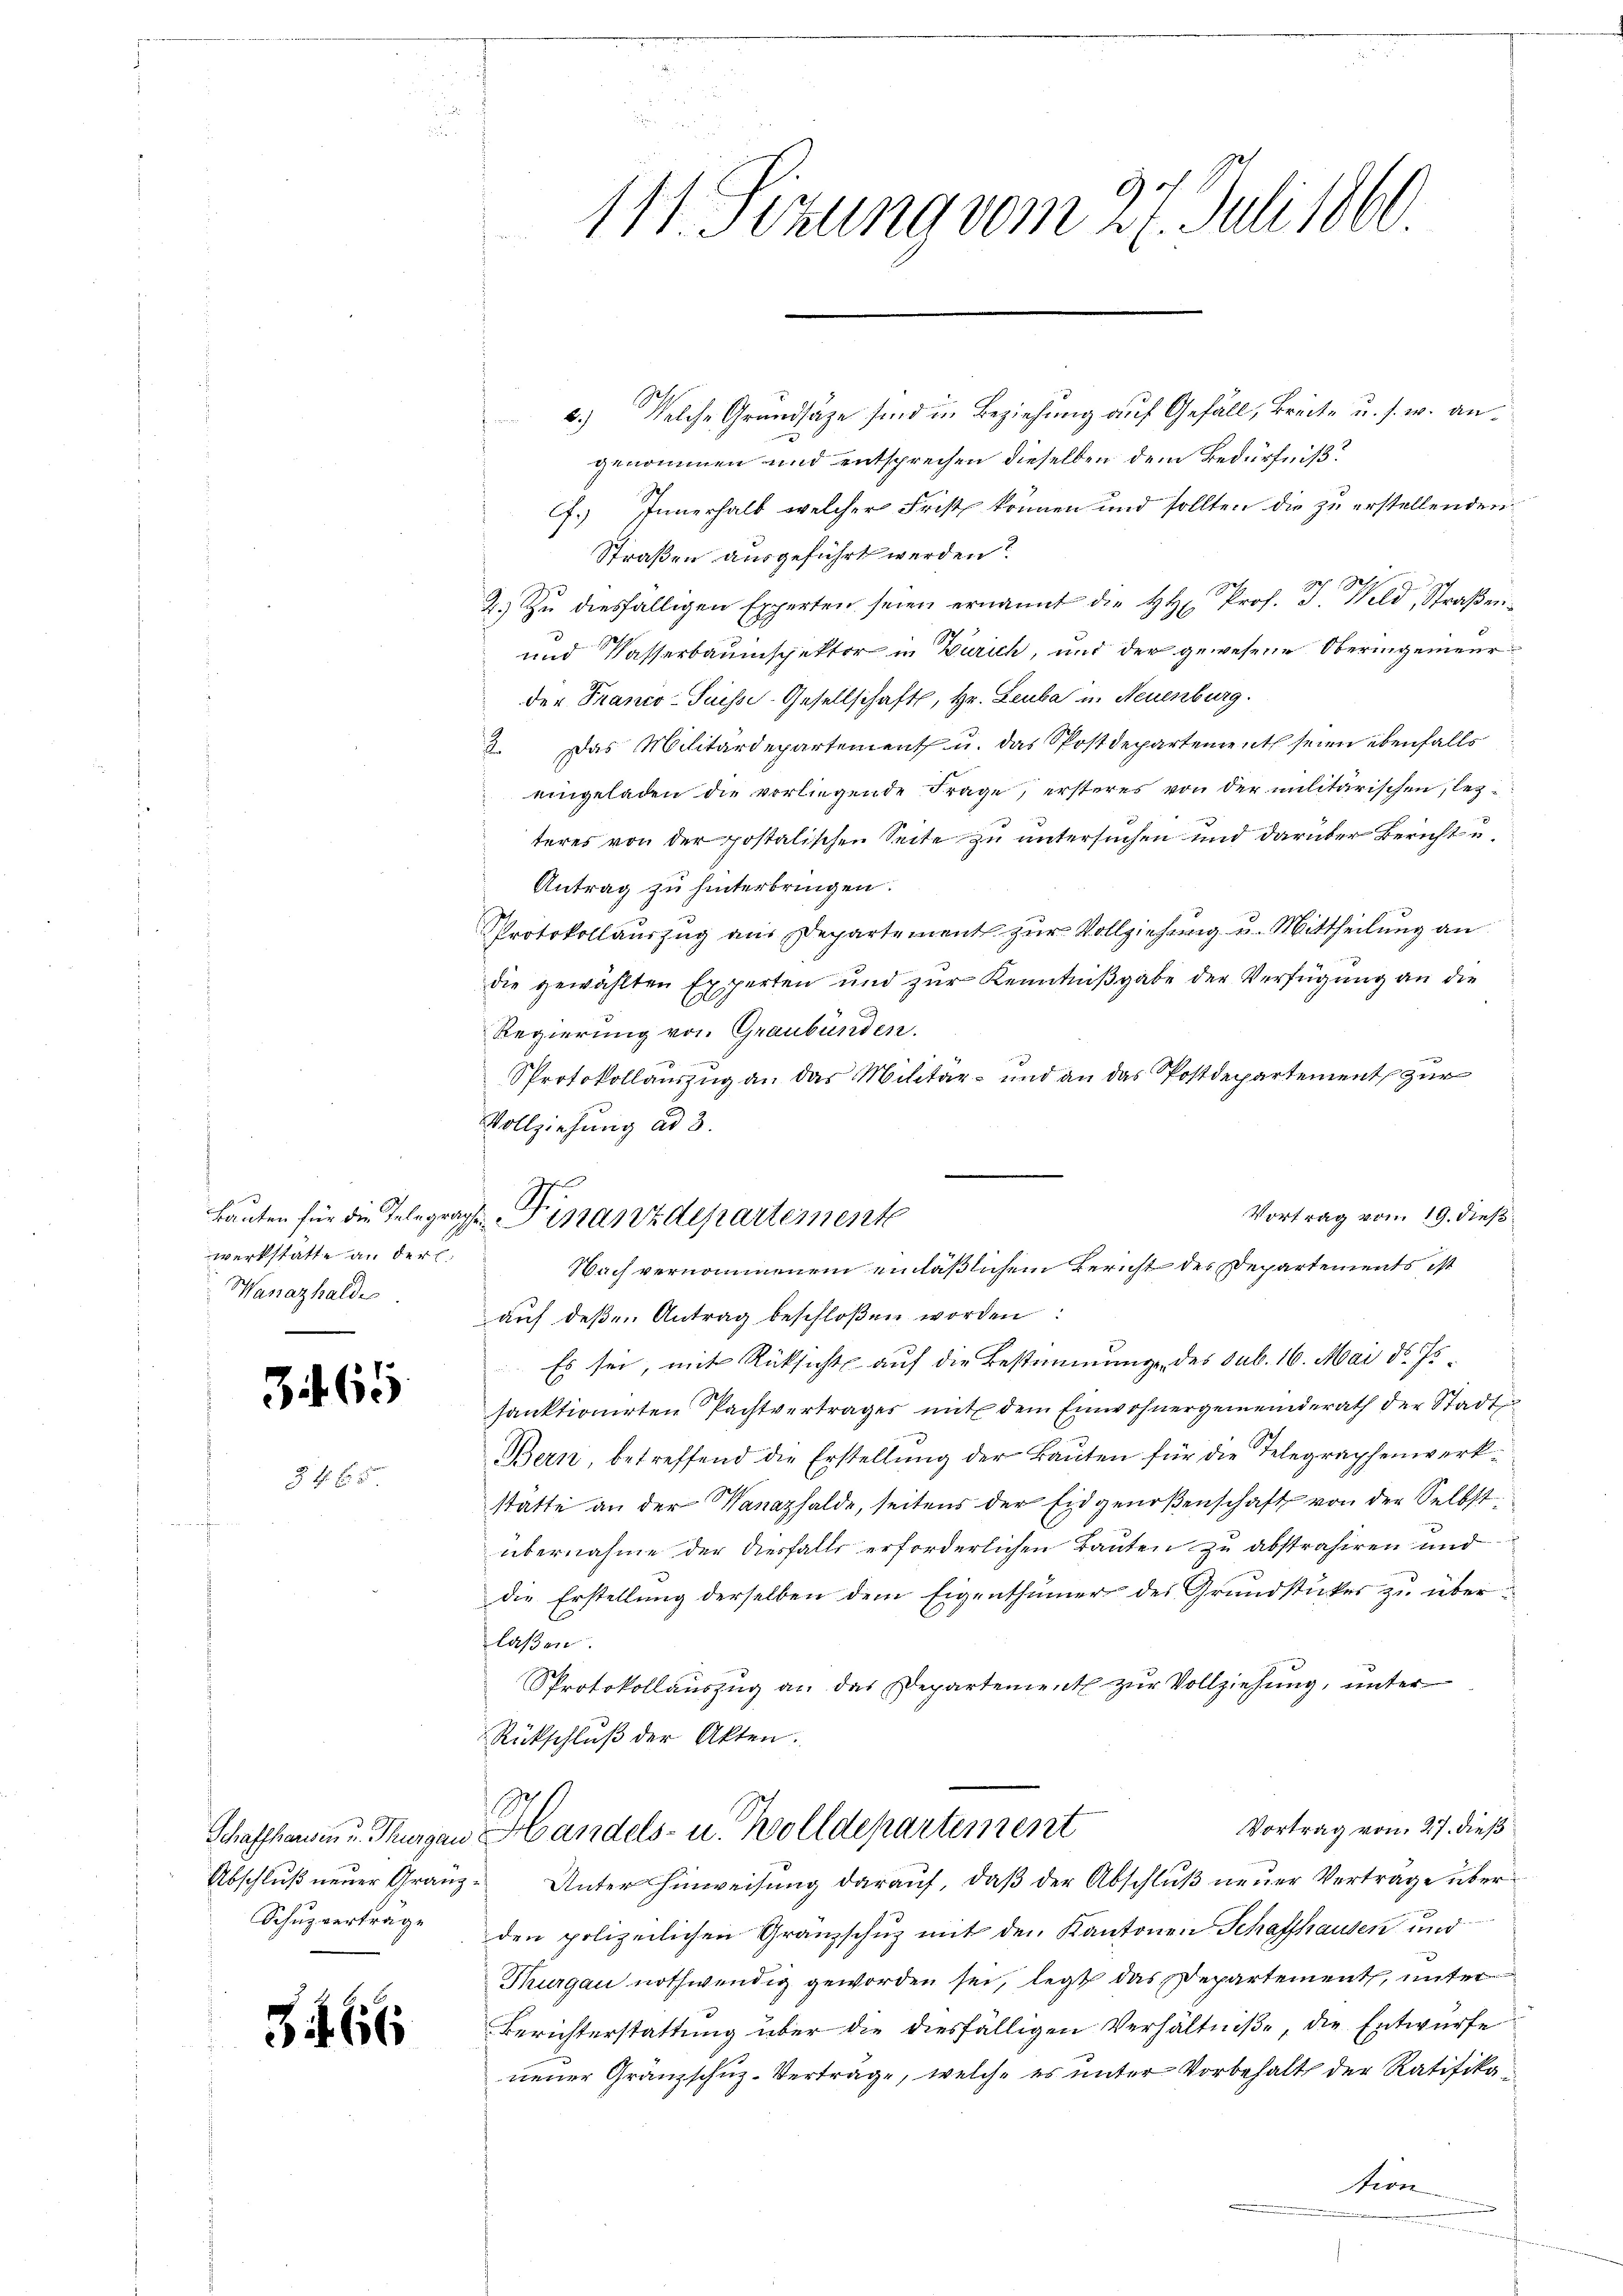
Bauten für die Telegra
werkstatte an der
Wanazhaldes

365

Schaffhausen u. Thurgau.
Abschluß neuer Granz¬
Schupverträge

566

111. Sizung vom 27. Juli 1860

3.) Welche Grundsätze sind in Beziehung auf Gefäll, Breite u. s. w. angenommen und entsprechen dieselben dem Bedürfniß?
.) Innerhalb welcher Frist können und sollten die zu erstellenden
Straßen ausgeführt werden?
2.) Zu diesfälligen Experten seien ernannt die HH Prof. J. Wild, Straßene
und Passerbauinspektor in Zürich, und der gewesene Oberingenieur
der Franco-Suisse Gesellschaft, Hr. Leuba in Neuenburg.
3. Das Militärdepartement u. das Spostdepartement seien ebenfalls
eingeladen die vorliegende Frage, ersteres von der militärischen, lezteres von der postalischen Seite zu untersuchen und darüber Bericht u.
Antrag zu hinterbringen.
Protokollauszug aus Departement zur Vollziehung u. Mittheilung an
die gewählten Experten und zur Kenntnißgabe der Verfügung an die
Regierung von Graubünden.
Protokollauszug an das Militär- und an das Postdepartement zur
Vollziehung ad 3.
auf deßen Antrag beschloßen worden:
 Es sei, mit Rücksicht auf die Bestimmung des sub. 16. Mai d. Js.
sanktionirten Pachtvertrages mit dem Einwohnergemeinderath der Stadt
Bern, betreffend die Erstellung der Bauten für die Telegraphenwerkstatte an der Wanazhalde, seitens der Eidgenoßenschaft von der Selbst.
übernahme der Ausfalls erforderlichen Bauten zu abstrahiren und
die Erstellung derselben dem Eigenthümer des Grundstücker zu überlaßen.
Protokollauszug an das Departement zur Vollziehung, unter
Rückschluß der Akten.
Vortrag von 27. dieß
Handels- u. Wolldepartement
Unter Hinweisung darauf, daß der Abschluß neuer Vertrage über
den polizeilichen Granzschuz mit den Kantonen Schaffhausen und
Thurgau nothwendig geworden sei, legt das Departement, unter
Berichterstattung über die diesfälligen Verhältniße, die Entwürfe
neuer Granzschuz-Vertrage, welche es unter Vorbehalt der Ratifikater

Vortrag vom 19. dieß
u. Finanzdepartemente
Nach vernommenem einläßlichem Bericht des Departements ist